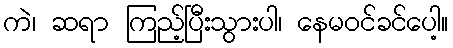
ကဲ၊ ဆရာ ကြည့်ပြီးသွားပါ၊ နေမဝင်ခင်ပေါ့။